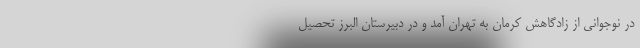
در نوجوانی از زادگاهش کرمان به تهران آمد و در دبیرستان البرز تحصیل